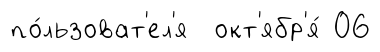
по́льзоват'ел'я окт'ябр'я́ 06